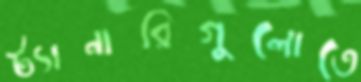
ট্যানারিগুলোতে